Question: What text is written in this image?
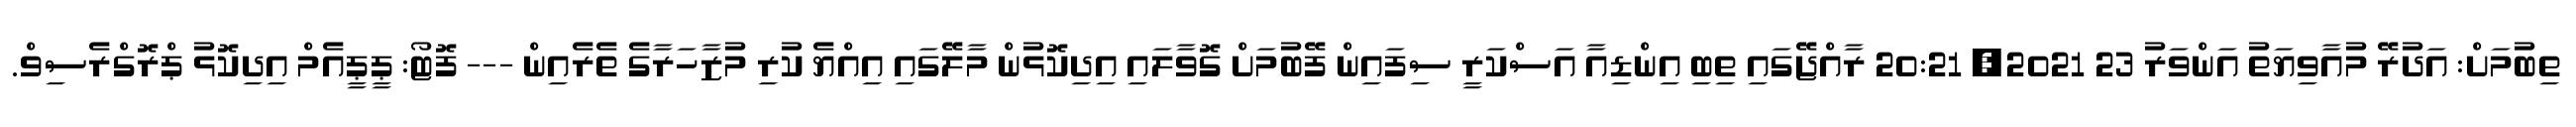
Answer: ތިބުމަށް: އަދުރޭ މުއާވިޔަތު އަންވަރު 23 2021, 20:21 ރާއްޖޭގައި ތިބި އިންޑިއާ އަސްކަރީ ސިފައިން ފޭބުމަށް ގޮވާލައި އިދިކޮޅުން މާލޭގައި އިއްޔެ ކުރި މުޒާހަރާގެ ތެރެއިން --- ފޮޓޯ: ޕީޕީއެމް އިދިކޮޅު ޕްރޮގްރެސިވް.